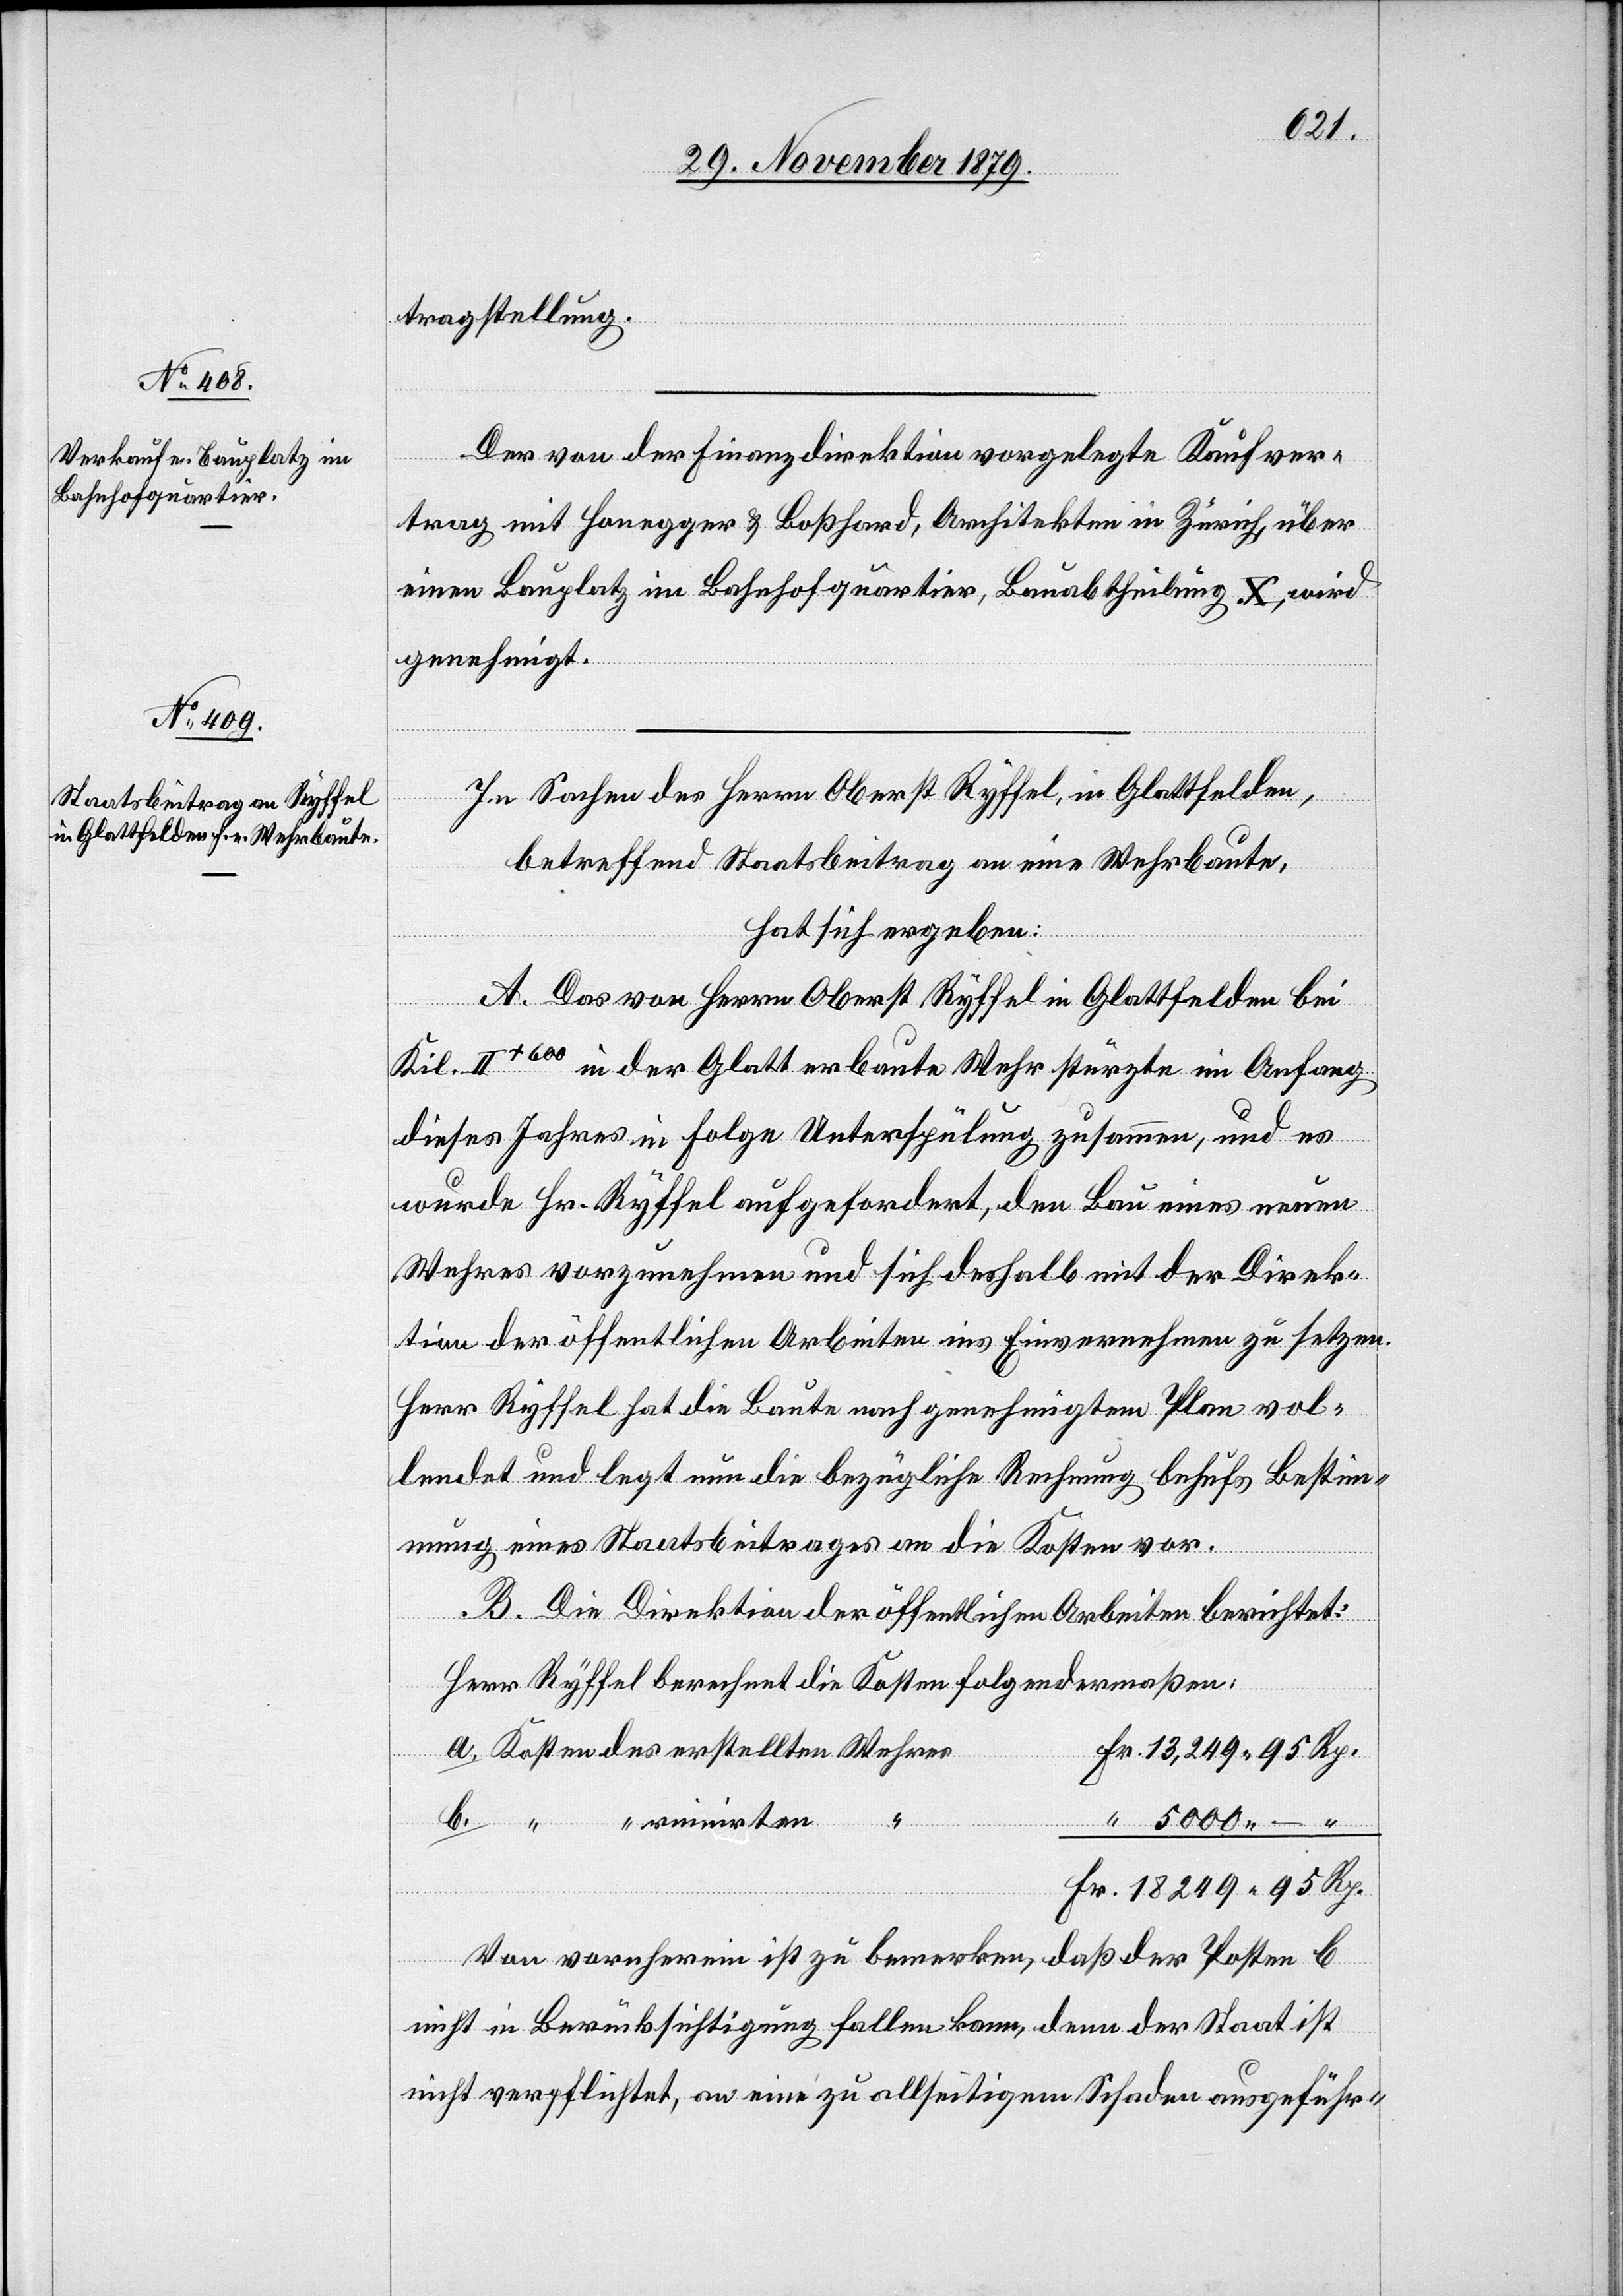
tragstellung.
Fr.
Der von der Finanzdirektion vorgelegte Kaufver¬
trag mit Honegger & Boßhard, Architekten in Zürich, über
einen Bauplatz im Bahnhofquartier, Bauabtheilung X, wird
genehmigt.
In Sachen des Herrn Oberst Ryffel, in Glattfelden,
betreffend Staatsbeitrag an eine Wohnbaute,
hat sich ergeben:
A. Das von Herrn Oberst Ryffel in Glattfelden bei
Kil. II.+600 in der Glatt erbaute Wehr stürzte im Anfang
dieses Jahres in Folge Unterspülung zusammen, und es
wurde Hr. Ryffel aufgefordert, den Bau eines neuen
Wehres vorzunehmen und sich deshalb mit der Direk¬
tion der öffentlichen Arbeiten ins Einvernehmen zu setzen.
Herr Ryffel hat die Baute nach genehmigtem Plan vol¬
lendet und legt nun die bezügliche Rechnung behufs Bestim¬
mung eines Staatsbeitrages an die Kosten vor.
B. Die Direktion der öffentlichen Arbeiten berichtet:
Herr Ryffel berechnet die Kosten folgendermaßen:
ruinirten
b.
erstellten
Von vornherein ist zu bemerken, das der Posten b
nicht in Berücksichtigung fallen kann, denn der Staat ist
nicht verpflichtet, an eine zu allseitigem Schaden ausgeführ-